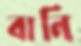
বানি